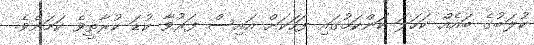
ކުލަބުގެ ބައެއް ކަހަލަ ކަންކަމުގައި ފަހަކަށް އައިސް ފަރުވާ ކުޑަ ކުރާތީވެ ކަމަށެވެ.